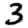
Digit: 3